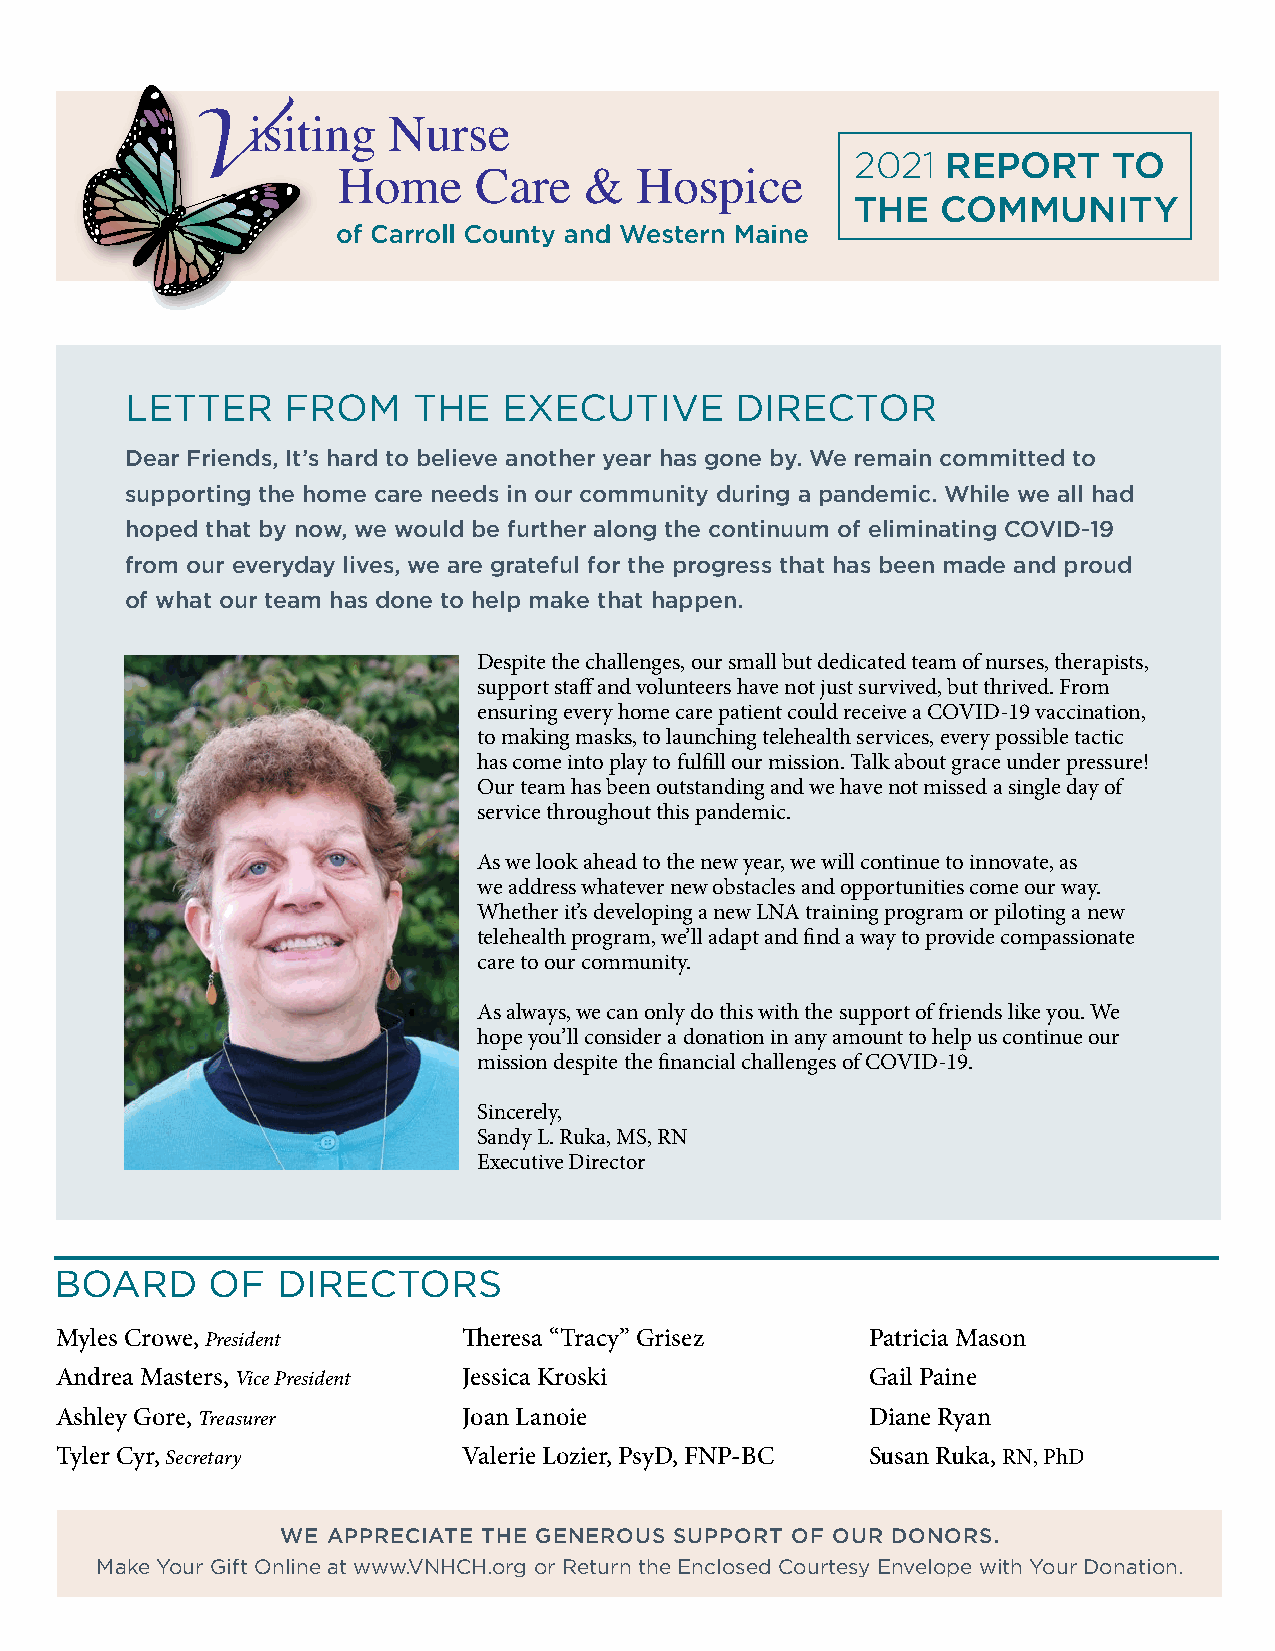
2021  REPORT     TO
 THE  COMMUNITY
 LETTER     FROM    THE   EXECUTIVE       DIRECTOR
 Dear Friends, It’s hard to believe another year has gone by. We remain committed to
 supporting the home care needs in our community during a pandemic. While we all had
 hoped that by now, we would be further along the continuum of eliminating COVID-19
 from our everyday lives, we are grateful for the progress that has been made and proud
 of what our team has done to help make that happen.
 Despite the challenges, our small but dedicated team of nurses, therapists,
 support staff and volunteers have not just survived, but thrived. From
 ensuring every home care patient could receive a COVID-19 vaccination,
 to making masks, to launching telehealth services, every possible tactic
 has come into play to fulfill our mission. Talk about grace under pressure!
 Our team has been outstanding and we have not missed a single day of
 service throughout this pandemic.
 As we look ahead to the new year, we will continue to innovate, as
 we address whatever new obstacles and opportunities come our way.
 Whether it’s developing a new LNA training program or piloting a new
 telehealth program, we’ll adapt and find a way to provide compassionate
 care to our community.
 As always, we can only do this with the support of friends like you. We
 hope you’ll consider a donation in any amount to help us continue our
 mission despite the financial challenges of COVID-19.
 Sincerely,
 Sandy L. Ruka, MS, RN
 Executive Director
 BOARD     OF  DIRECTORS
 Myles Crowe, President     Theresa “Tracy” Grisez     Patricia Mason
 Andrea Masters, Vice President Jessica Kroski         Gail Paine
 Ashley Gore, Treasurer     Joan Lanoie                Diane Ryan
 Tyler Cyr, Secretary       Valerie Lozier, PsyD, FNP-BC Susan Ruka, RN, PhD
 WE APPRECIATE THE GENEROUS SUPPORT OF OUR DONORS.
 Make Your Gift Online at www.VNHCH.org or Return the Enclosed Courtesy Envelope with Your Donation.